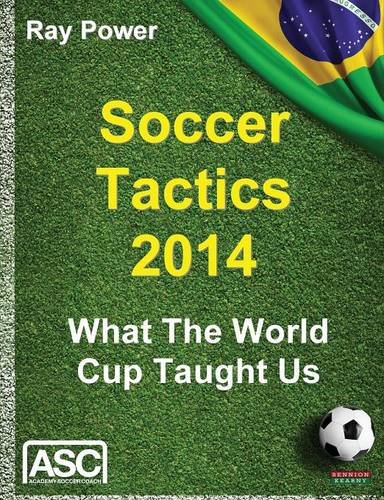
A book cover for Soccer Tactics 2014: What the World Cup Taught Us; Ray Power; Sports & Outdoors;